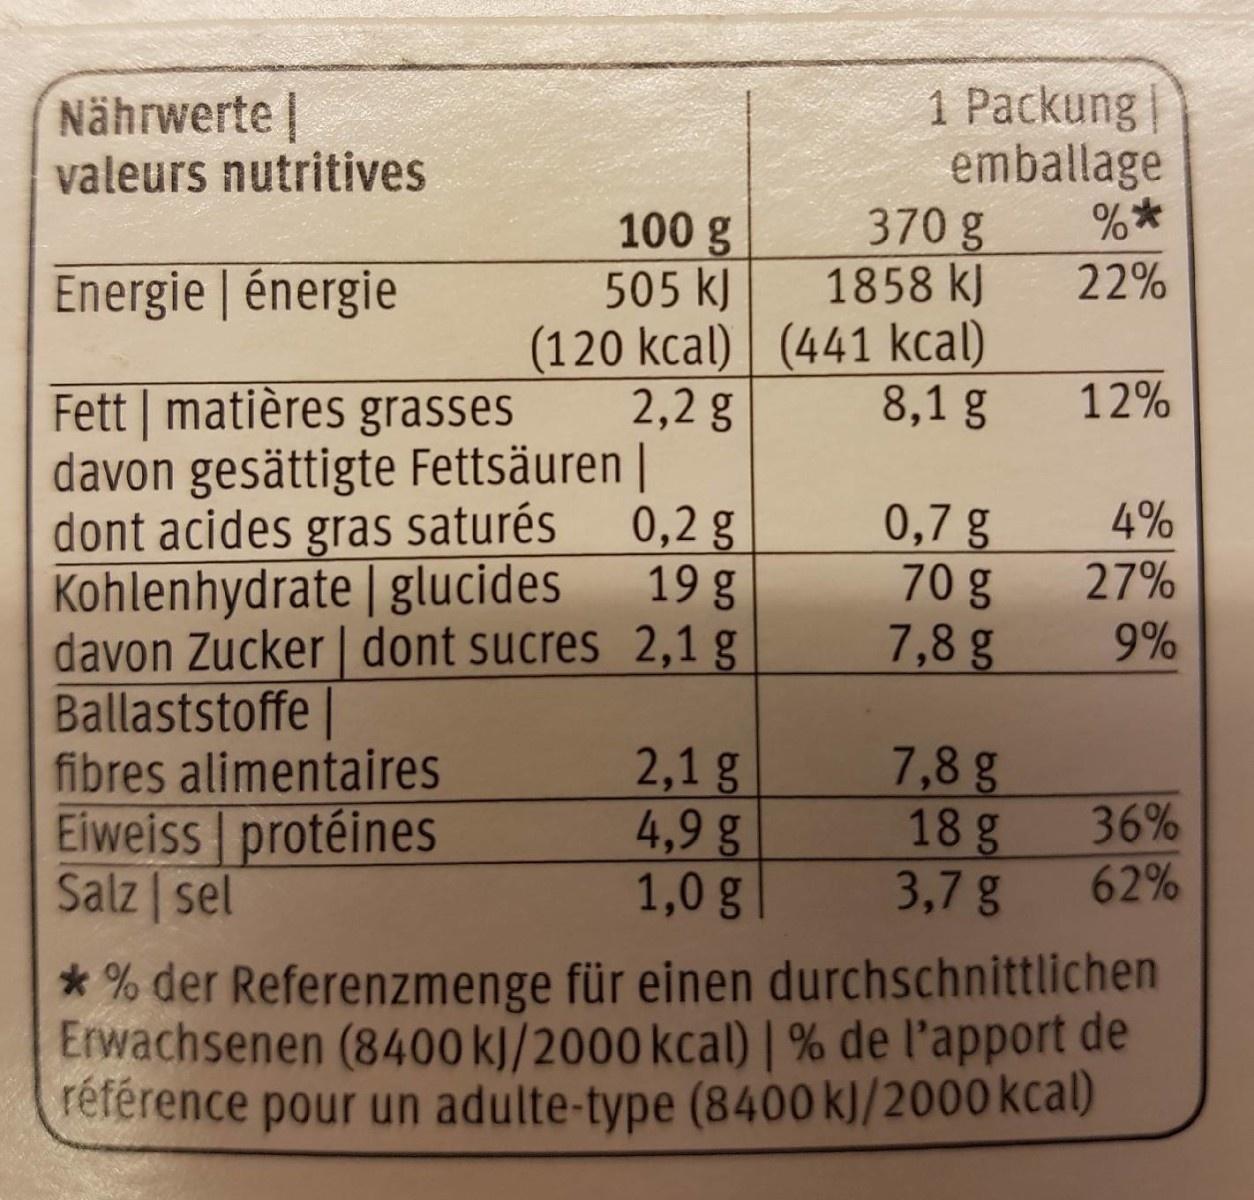
1 Packung emballage 370 g 1858 kJ
Nährwerte | valeurs nutritives
100 g 505 kJ (120 kcal) | (441 kcal) 2,2 g
Energie | énergie
22%
12%
Fett | matières grasses davon gesättigte Fettsäuren | dont acides gras saturés Kohlenhydrate | glucides davon Zucker | dont sucres 2,1 g Ballaststoffe | fibres alimentaires Eiweiss protéines Salz | sel
8,1 g
0,2 g 19 g
0,7 g 70 g 7,8 g
4%
27%
9%
2,1 g 4,9 g 1,0 g
7,8 g 18 g 3,7 g
36% 62%
* % der Referenzmenge für einen durchschnittlichen Erwachsenen (8400 k)/2000 kcal) | % de l'apport de référence pour un adulte-type (8400 kJ/2000 kcal)